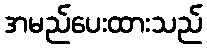
အမည်ပေးထားသည်